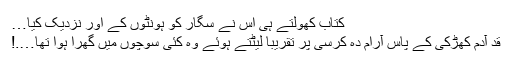
کتاب کھولتے ہی اس نے سگار کو ہونٹوں کے اور نزدیک کیا…
قد آدم کھڑکی کے پاس آرام دہ کرسی پر تقریباً لیٹتے ہوئے وہ کئی سوچوں میں گھِرا ہوا تھا….!